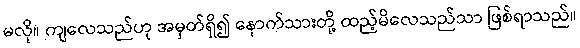
မလို။ ကျလေသည်ဟု အမှတ်ရှိ၍ နောက်သားတို့ ထည့်မိလေသည်သာ ဖြစ်ရာသည်။